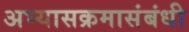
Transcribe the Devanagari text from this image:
अभ्यासक्रमासंबंधी